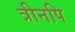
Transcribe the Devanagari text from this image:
त्रीनपि